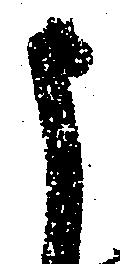
申